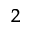
^ 2